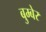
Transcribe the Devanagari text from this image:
बुम्बेर